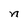
Character: n